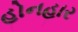
હોનહાર